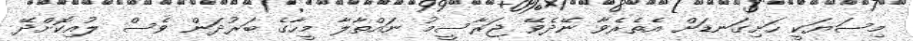
މިސަޔަކީ ހަށިގަނޑަށް އެތެރެވާ ނޭދެވޭ ޖަރާސީމު ނައްތާލާ މީހާގެ ބަރުދަން ވެސް ލުއިކޮށްދޭ